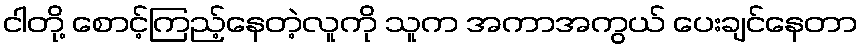
ငါတို့ စောင့်ကြည့်နေတဲ့လူကို သူက အကာအကွယ် ပေးချင်နေတာ